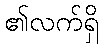
၏လက်ရှိ